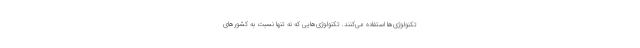
تکنولوژی‌ها استفاده می‌کنند. تکنولوژی‌هایی که نه تنها نسبت به کشورهای